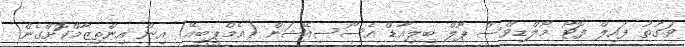
ވަގުތު ފައިލް ފޮޓޯ މޯލްޑިވްސް ޕޫލް ބިލިއާޑް އެސޯސިއޭޝަން (އެމްޕީބީއޭ) އިން އިންތިޒާމްކޮށްގެން